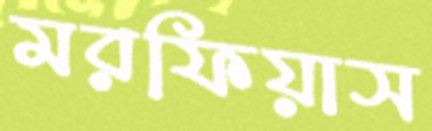
মরফিয়াস